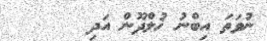
ނުވަތަ އިބްނު ޚުލްދޫން އަދި